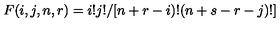
F ( i , j , n , r ) = i ! j ! / [ n + r - i ) ! ( n + s - r - j ) ! ]